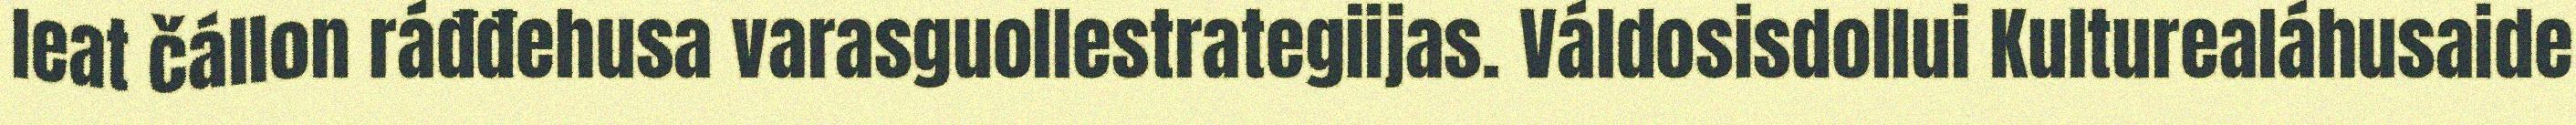
leat čállon ráđđehusa varasguollestrategiijas. Váldosisdollui Kulturealáhusaide